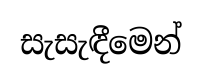
සැසැඳීමෙන්